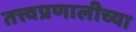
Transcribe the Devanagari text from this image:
तत्त्वप्रणालीच्या